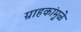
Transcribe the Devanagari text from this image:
ग्राहकांमुळे